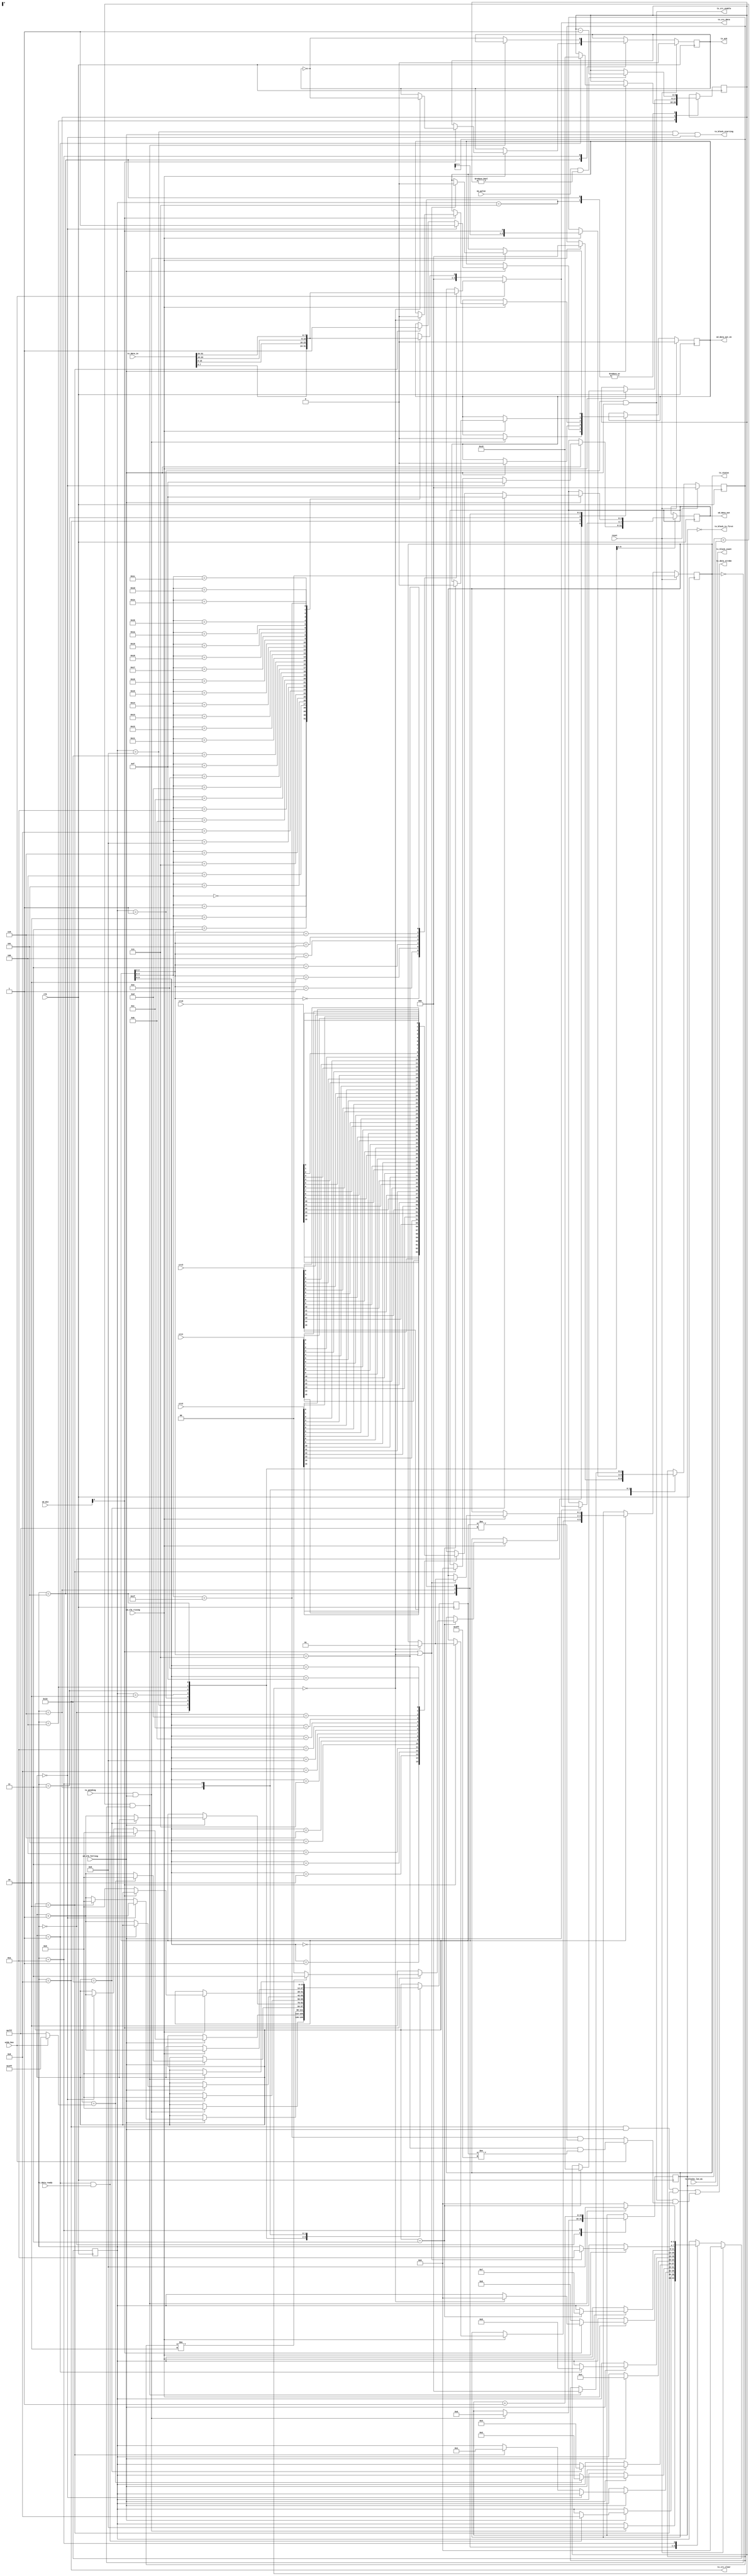
module sd_data_tx(input wire        clk,
                  input wire        reset,

                  // SD stuff
                  input wire [3:0]  sd_din,
                  output reg [3:0]  sd_data_out,
                  output reg        sd_data_out_en,
                  input wire        sd_clk_rising,
                  input wire        sd_clk_falling,

                  input wire        wide_bus,

                  // Data channel for received data:
                  input wire [31:0] tx_data_in,
                  // Goes active cycle before new value on tx_data_in is required:
                  output wire       tx_data_strobe,
                  output wire       tx_block_starting,
                  output wire       tx_block_is_first,
                  input wire [15:0] tx_blocks_len_m1, /* Minus 1 */
                  output reg [15:0] tx_block_count,

                  /* Indicates when first chunk becomes readable (with the assumption that
                   * a whole 512B block is then readable thereafter):
                   */
                  input wire        tx_data_ready,

                  input wire        ms_pulse,

                  // TX control/completion:
                  input wire        tx_pending,
                  output reg [1:0]  tx_status,
                  output reg        tx_ack,

                  output wire       tx_crc_enable,
                  output wire       tx_crc_clear,
                  output wire [3:0] tx_crc_data,
                  input wire [15:0] crc0,
                  input wire [15:0] crc1,
                  input wire [15:0] crc2,
                  input wire [15:0] crc3
                  );

   parameter TX_TIMEOUT = 200; // ms

   reg [8:0]       tx_timeout;
   reg [(8*6)-1:0] tx_state_name;
   reg [3:0]       tx_state;
   reg [13:0]      tx_count;
   reg [3:0]       tx_nybble; // Wire
   reg [3:0]       tx_crc_nybble; // Wire
   reg             tx_bit; // Wire
   reg [2:0]       tx_status_resp;

`define SD_DTX_IDLE             0
`define SD_DTX_DATA_OUT         1
`define SD_DTX_CRC_OUT          2
`define SD_DTX_STOP             3
`define SD_DTX_CHANGEOVER       4       // NCRC, ZZ between WR & status
`define SD_DTX_WAIT_STATUS_S    5       // Start bit: UHS might be up to 8c
`define SD_DTX_STATUS           6       // Status data & end bit
`define SD_DTX_WAIT_NBUSY       7
`define SD_DTX_WAIT_NWR         8
`define SD_DTX_WAIT_DATA_READY  9
`define SD_DTX_CHECK_MORE       10

   assign tx_block_is_first = (tx_block_count == 0);

   // FIXME: trigger TX from WR command successful completion (e.g. status having R1_READY_FOR_DATA)

   always @(posedge clk) begin
      case (tx_state)
        `SD_DTX_IDLE:
          if (tx_pending && sd_clk_falling) begin
             tx_state_name    <= "WDAT";
             tx_state         <= `SD_DTX_WAIT_DATA_READY;
             tx_status_resp   <= 0;
             tx_count         <= 0;
             sd_data_out_en   <= 0;
             tx_block_count   <= 0;
          end

        `SD_DTX_WAIT_DATA_READY:
          /* This state is multi-purpose & hacky.  In cycle 0, it strobes tx_block_starting.
           * That requests that the DMA engine starts to buffer data.
           * After that, it waits for tx_data_ready which indicates "enough" data is
           * ready to start streaming out a block.
           */
          if (sd_clk_falling) begin /* Not really necessary for external logic, but "consistent" */
             if (tx_count == 0) begin
                /* tx_block_starting is asserted here */
                tx_count         <= tx_count + 1;
             end if (tx_count == 1 && tx_data_ready) begin
                tx_state_name <= "WNWR";
                tx_state      <= `SD_DTX_WAIT_NWR;
                tx_count      <= 0;
             end
          end

        `SD_DTX_WAIT_NWR:
          /* Wait the busy-to-data time NWR (2c).  Note first cycle is
           * high-Z, thereafter is actively driven to 1!
           */
          // NOTE: CRC is cleared here
          if (sd_clk_falling) begin
             tx_count              <= tx_count + 1;
             if (tx_count == 0) begin
                // Begin to drive 1s:
                sd_data_out_en     <= 1;
                sd_data_out        <= 4'hf;
             end else if (tx_count == 2 /* a bit longer */) begin
                /* Start transmission: */
                tx_state_name      <= "DATAO";
                tx_state           <= `SD_DTX_DATA_OUT;
                tx_count           <= 0;
                // NOTE: tx_data_strobe active in this cycle (fetch first word)
                sd_data_out        <= 4'h0;   // Start bit
                sd_data_out_en     <= 1; // Stays 1
             end
          end

        `SD_DTX_DATA_OUT:
          if (sd_clk_falling) begin
             sd_data_out     <= wide_bus ? tx_nybble : {3'h0, tx_bit};
             tx_count        <= tx_count + 1;

             /* (For wide mode,) Every 8 transmissions grab a new word:
              * See tx_data_strobe, which activates here when tx_count[2:0] == 111.
              * Note: The strobe inhibited on the very last word of the block
              * (so as not to burn the first word of the next block!).
              */

             if (tx_count == (wide_bus ? ((2*512)-1) : ((8*512)-1))) begin
                tx_state_name <= "CRCO";
                tx_state      <= `SD_DTX_CRC_OUT;
                tx_count      <= 0;
             end
          end

        `SD_DTX_CRC_OUT:
          if (sd_clk_falling) begin
             /* Note, the first cycle of this state is outputting the
              * last nybble of data, so we stay in this state 17 cycles
              * to include that, plus 16 CRC bits per line.
              */
             if (tx_count == 16) begin
                tx_state_name <= "STOP";
                tx_state      <= `SD_DTX_STOP;
                sd_data_out   <= 4'hf;
             end else begin
                sd_data_out   <= tx_crc_nybble;
                tx_count      <= tx_count + 1;
             end
          end

        `SD_DTX_STOP:
          // Pop into here for 1 cycle, D=1111
          if (sd_clk_falling) begin
             sd_data_out_en   <= 0;
             tx_state_name    <= "CHOVER";
             tx_state         <= `SD_DTX_CHANGEOVER;
             tx_count         <= 0;
          end

        `SD_DTX_CHANGEOVER:
          // Ncrc (2) cycles for CMD to go hi-Z before card drives it:
          if (sd_clk_falling) begin
             if (tx_count == 1) begin
                tx_state_name <= "WAITSS";
                tx_state      <= `SD_DTX_WAIT_STATUS_S;
                tx_timeout    <= TX_TIMEOUT;
             end else begin
                tx_count      <= tx_count + 1;
             end
          end

        `SD_DTX_WAIT_STATUS_S: begin
           // Wait for status start bit (0)
           if (sd_clk_rising) begin
              if (sd_din[0] == 0) begin
                 tx_state_name <= "STATUS";
                 tx_state      <= `SD_DTX_STATUS;
                 tx_count      <= 0;
              end else begin
                 if (tx_timeout == 0) begin
                    // On timeout, go straight to idle:
                    tx_status      <= 2'b01;

                    tx_state_name  <= "IDLE";
                    tx_state       <= `SD_DTX_IDLE;
                    sd_data_out_en <= 0;
                    tx_ack         <= ~tx_ack;
                 end
              end
           end
           if (ms_pulse && tx_timeout != 0)
             tx_timeout       <= tx_timeout - 1;
        end

        `SD_DTX_STATUS:
          // Collect 3-bit status plus end bit
          if (sd_clk_rising) begin
             tx_count         <= tx_count + 1;
             tx_status_resp   <= {tx_status_resp[1:0], sd_din[0]};
             if (tx_count == 3) begin
                // Great success or great fail?
                if (sd_din[0] == 0) begin
                   tx_status          <= 2'b10;       // End bit fail
                end else if (tx_status_resp[2:0] != 3'b010) begin
                   // Not a "CRC good" status!
                   tx_status          <= 2'b11;       // CRC fail
                end else begin
                   // Good CRC received by card
                   tx_status          <= 2'b00;       // Great success!
                end
                /* Card might be in programming state (or otherwise busy,
                 * observed real card do this after a CRC error.
                 * Wait for it to be not-busy:
                 */
                tx_state_name         <= "WNBUSY";
                tx_state              <= `SD_DTX_WAIT_NBUSY;
                tx_timeout            <= TX_TIMEOUT;

                sd_data_out_en        <= 0; // Stays 0/off!
             end
          end

        /* Observation/note...
         *
         * The sdModel.v I'm testing against doesn't like receiving another write command
         * while it's still in programming state.  For a single block write, it should be
         * OK to issue more things.  It only goes into receive state if write buffer is
         * free.  So, wait for NBUSY before flagging the command is done via tx_ack. :(
         *
         * FIXME: Do real SD cards behave this way?  If not, we can hide the prog time
         * perhaps by permitting other commands before !busy.
         */

        `SD_DTX_WAIT_NBUSY: begin
           /* A previous write might still be consuming buffer space;
            * wait for card to indicate buffer is free (by not pulling
            * D0 low)
            */
           if (sd_clk_rising) begin
              if (sd_din[0] == 1'b1 || tx_timeout == 0) begin
                 tx_state_name        <= "CHKMRE";
                 tx_state             <= `SD_DTX_CHECK_MORE;
                 sd_data_out_en       <= 0; // Stays 0/off!

                 if (tx_timeout == 0)
                   tx_status <= 2'b01;
              end
           end
           if (ms_pulse && tx_timeout != 0)
             tx_timeout  <= tx_timeout - 1;
        end // case: `SD_DTX_WAIT_NBUSY

        `SD_DTX_CHECK_MORE: begin
           tx_block_count <= tx_block_count + 1;
           /* If there are more blocks in the transfer and previous blocks
            * ALL completed successfully, go start another transfer.
            * Otherwise, go idle.
            */
           if ((tx_block_count < tx_blocks_len_m1) &&
               (tx_status == 0)) begin
              /* Status is important; a CRC failure terminates the transfer
               * and software can abort the write (CMD12).
               */
              tx_state_name  <= "WDAT";
              tx_state       <= `SD_DTX_WAIT_DATA_READY;
              tx_status_resp <= 0;
              tx_count       <= 0;
           end else begin
              /* Transfer totally complete. */
              tx_state_name   <= "IDLE";
              tx_state        <= `SD_DTX_IDLE;
              tx_ack          <= ~tx_ack;
           end
        end

      endcase

      if (reset) begin
         tx_state_name  <= "IDLE";
         tx_state       <= `SD_DTX_IDLE;
         tx_ack         <= 0;
         tx_status      <= 0;
         tx_status_resp <= 0;
         sd_data_out_en <= 0;    /* NTS: be explicit about when this changes/stays */
      end
   end

   assign tx_block_starting  = (tx_state == `SD_DTX_WAIT_DATA_READY) && sd_clk_falling && (tx_count == 0);
   assign tx_data_strobe = ((tx_state == `SD_DTX_WAIT_NWR) && sd_clk_falling && (tx_count == 2)) ||
                           ((tx_state == `SD_DTX_DATA_OUT) && sd_clk_falling &&
                            ( wide_bus ? ((tx_count[2:0] == 3'b111) && (tx_count != (2*512)-1)) :
                              ((tx_count[4:0] == 5'b11111) && (tx_count != (8*512)-1)) ));

   always @(*) begin
      /* tx_nybble is used for wide bus mode */
      tx_nybble = 0;
      case (tx_count[2:0])
        3'b000: tx_nybble = tx_data_in[7:4];
        3'b001: tx_nybble = tx_data_in[3:0];
        3'b010: tx_nybble = tx_data_in[15:12];
        3'b011: tx_nybble = tx_data_in[11:8];
        3'b100: tx_nybble = tx_data_in[23:20];
        3'b101: tx_nybble = tx_data_in[19:16];
        3'b110: tx_nybble = tx_data_in[31:28];
        3'b111: tx_nybble = tx_data_in[27:24];
      endcase

      /* tx_bit is used for narrow bus mode */
      tx_bit        = 0;
      case (tx_count[4:0])
        5'b00000:       tx_bit = tx_data_in[7];
        5'b00001:       tx_bit = tx_data_in[6];
        5'b00010:       tx_bit = tx_data_in[5];
        5'b00011:       tx_bit = tx_data_in[4];
        5'b00100:       tx_bit = tx_data_in[3];
        5'b00101:       tx_bit = tx_data_in[2];
        5'b00110:       tx_bit = tx_data_in[1];
        5'b00111:       tx_bit = tx_data_in[0];
        5'b01000:       tx_bit = tx_data_in[8+7];
        5'b01001:       tx_bit = tx_data_in[8+6];
        5'b01010:       tx_bit = tx_data_in[8+5];
        5'b01011:       tx_bit = tx_data_in[8+4];
        5'b01100:       tx_bit = tx_data_in[8+3];
        5'b01101:       tx_bit = tx_data_in[8+2];
        5'b01110:       tx_bit = tx_data_in[8+1];
        5'b01111:       tx_bit = tx_data_in[8+0];
        5'b10000:       tx_bit = tx_data_in[16+7];
        5'b10001:       tx_bit = tx_data_in[16+6];
        5'b10010:       tx_bit = tx_data_in[16+5];
        5'b10011:       tx_bit = tx_data_in[16+4];
        5'b10100:       tx_bit = tx_data_in[16+3];
        5'b10101:       tx_bit = tx_data_in[16+2];
        5'b10110:       tx_bit = tx_data_in[16+1];
        5'b10111:       tx_bit = tx_data_in[16+0];
        5'b11000:       tx_bit = tx_data_in[24+7];
        5'b11001:       tx_bit = tx_data_in[24+6];
        5'b11010:       tx_bit = tx_data_in[24+5];
        5'b11011:       tx_bit = tx_data_in[24+4];
        5'b11100:       tx_bit = tx_data_in[24+3];
        5'b11101:       tx_bit = tx_data_in[24+2];
        5'b11110:       tx_bit = tx_data_in[24+1];
        5'b11111:       tx_bit = tx_data_in[24+0];
      endcase

      tx_crc_nybble = 0;
      case (tx_count[3:0])
        4'b0000:        tx_crc_nybble = {crc3[15], crc2[15], crc1[15], crc0[15]};
        4'b0001:        tx_crc_nybble = {crc3[14], crc2[14], crc1[14], crc0[14]};
        4'b0010:        tx_crc_nybble = {crc3[13], crc2[13], crc1[13], crc0[13]};
        4'b0011:        tx_crc_nybble = {crc3[12], crc2[12], crc1[12], crc0[12]};
        4'b0100:        tx_crc_nybble = {crc3[11], crc2[11], crc1[11], crc0[11]};
        4'b0101:        tx_crc_nybble = {crc3[10], crc2[10], crc1[10], crc0[10]};
        4'b0110:        tx_crc_nybble = {crc3[9], crc2[9], crc1[9], crc0[9]};
        4'b0111:        tx_crc_nybble = {crc3[8], crc2[8], crc1[8], crc0[8]};
        4'b1000:        tx_crc_nybble = {crc3[7], crc2[7], crc1[7], crc0[7]};
        4'b1001:        tx_crc_nybble = {crc3[6], crc2[6], crc1[6], crc0[6]};
        4'b1010:        tx_crc_nybble = {crc3[5], crc2[5], crc1[5], crc0[5]};
        4'b1011:        tx_crc_nybble = {crc3[4], crc2[4], crc1[4], crc0[4]};
        4'b1100:        tx_crc_nybble = {crc3[3], crc2[3], crc1[3], crc0[3]};
        4'b1101:        tx_crc_nybble = {crc3[2], crc2[2], crc1[2], crc0[2]};
        4'b1110:        tx_crc_nybble = {crc3[1], crc2[1], crc1[1], crc0[1]};
        4'b1111:        tx_crc_nybble = {crc3[0], crc2[0], crc1[0], crc0[0]};
      endcase
   end

   assign tx_crc_enable = sd_clk_falling &&
                          (tx_state == `SD_DTX_DATA_OUT);
   assign tx_crc_clear = (tx_state == `SD_DTX_WAIT_NWR);
   assign tx_crc_data = wide_bus ? tx_nybble : {3'h0, tx_bit};

endmodule